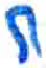
אות: ח